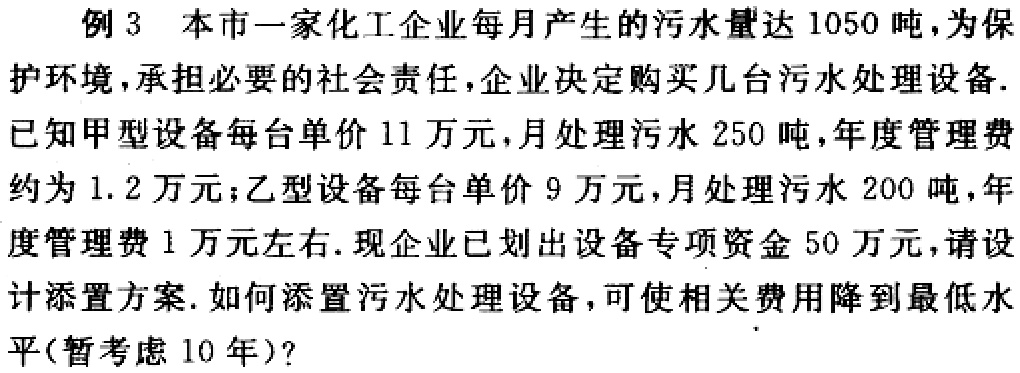
例 3 本市一家化工企业每月产生的污水量达 1050 吨，为保护环境，承担必要的社会责任，企业决定购买几台污水处理设备. 已知甲型设备每台单价 11 万元，月处理污水 250 吨，年度管理费约为 1.2 万元；乙型设备每台单价 9 万元，月处理污水 200 吨，年度管理费 1 万元左右. 现企业已划出设备专项资金 50 万元，请设计添置方案. 如何添置污水处理设备，可使相关费用降到最低水平(暂考虑 10 年)？